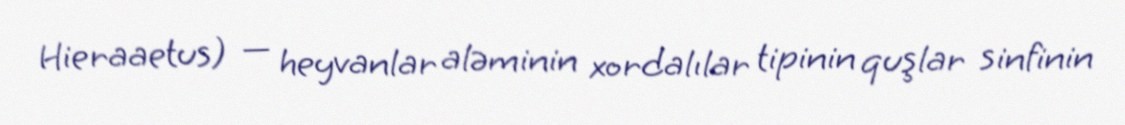
Hieraaetus) — heyvanlar aləminin xordalılar tipinin quşlar sinfinin